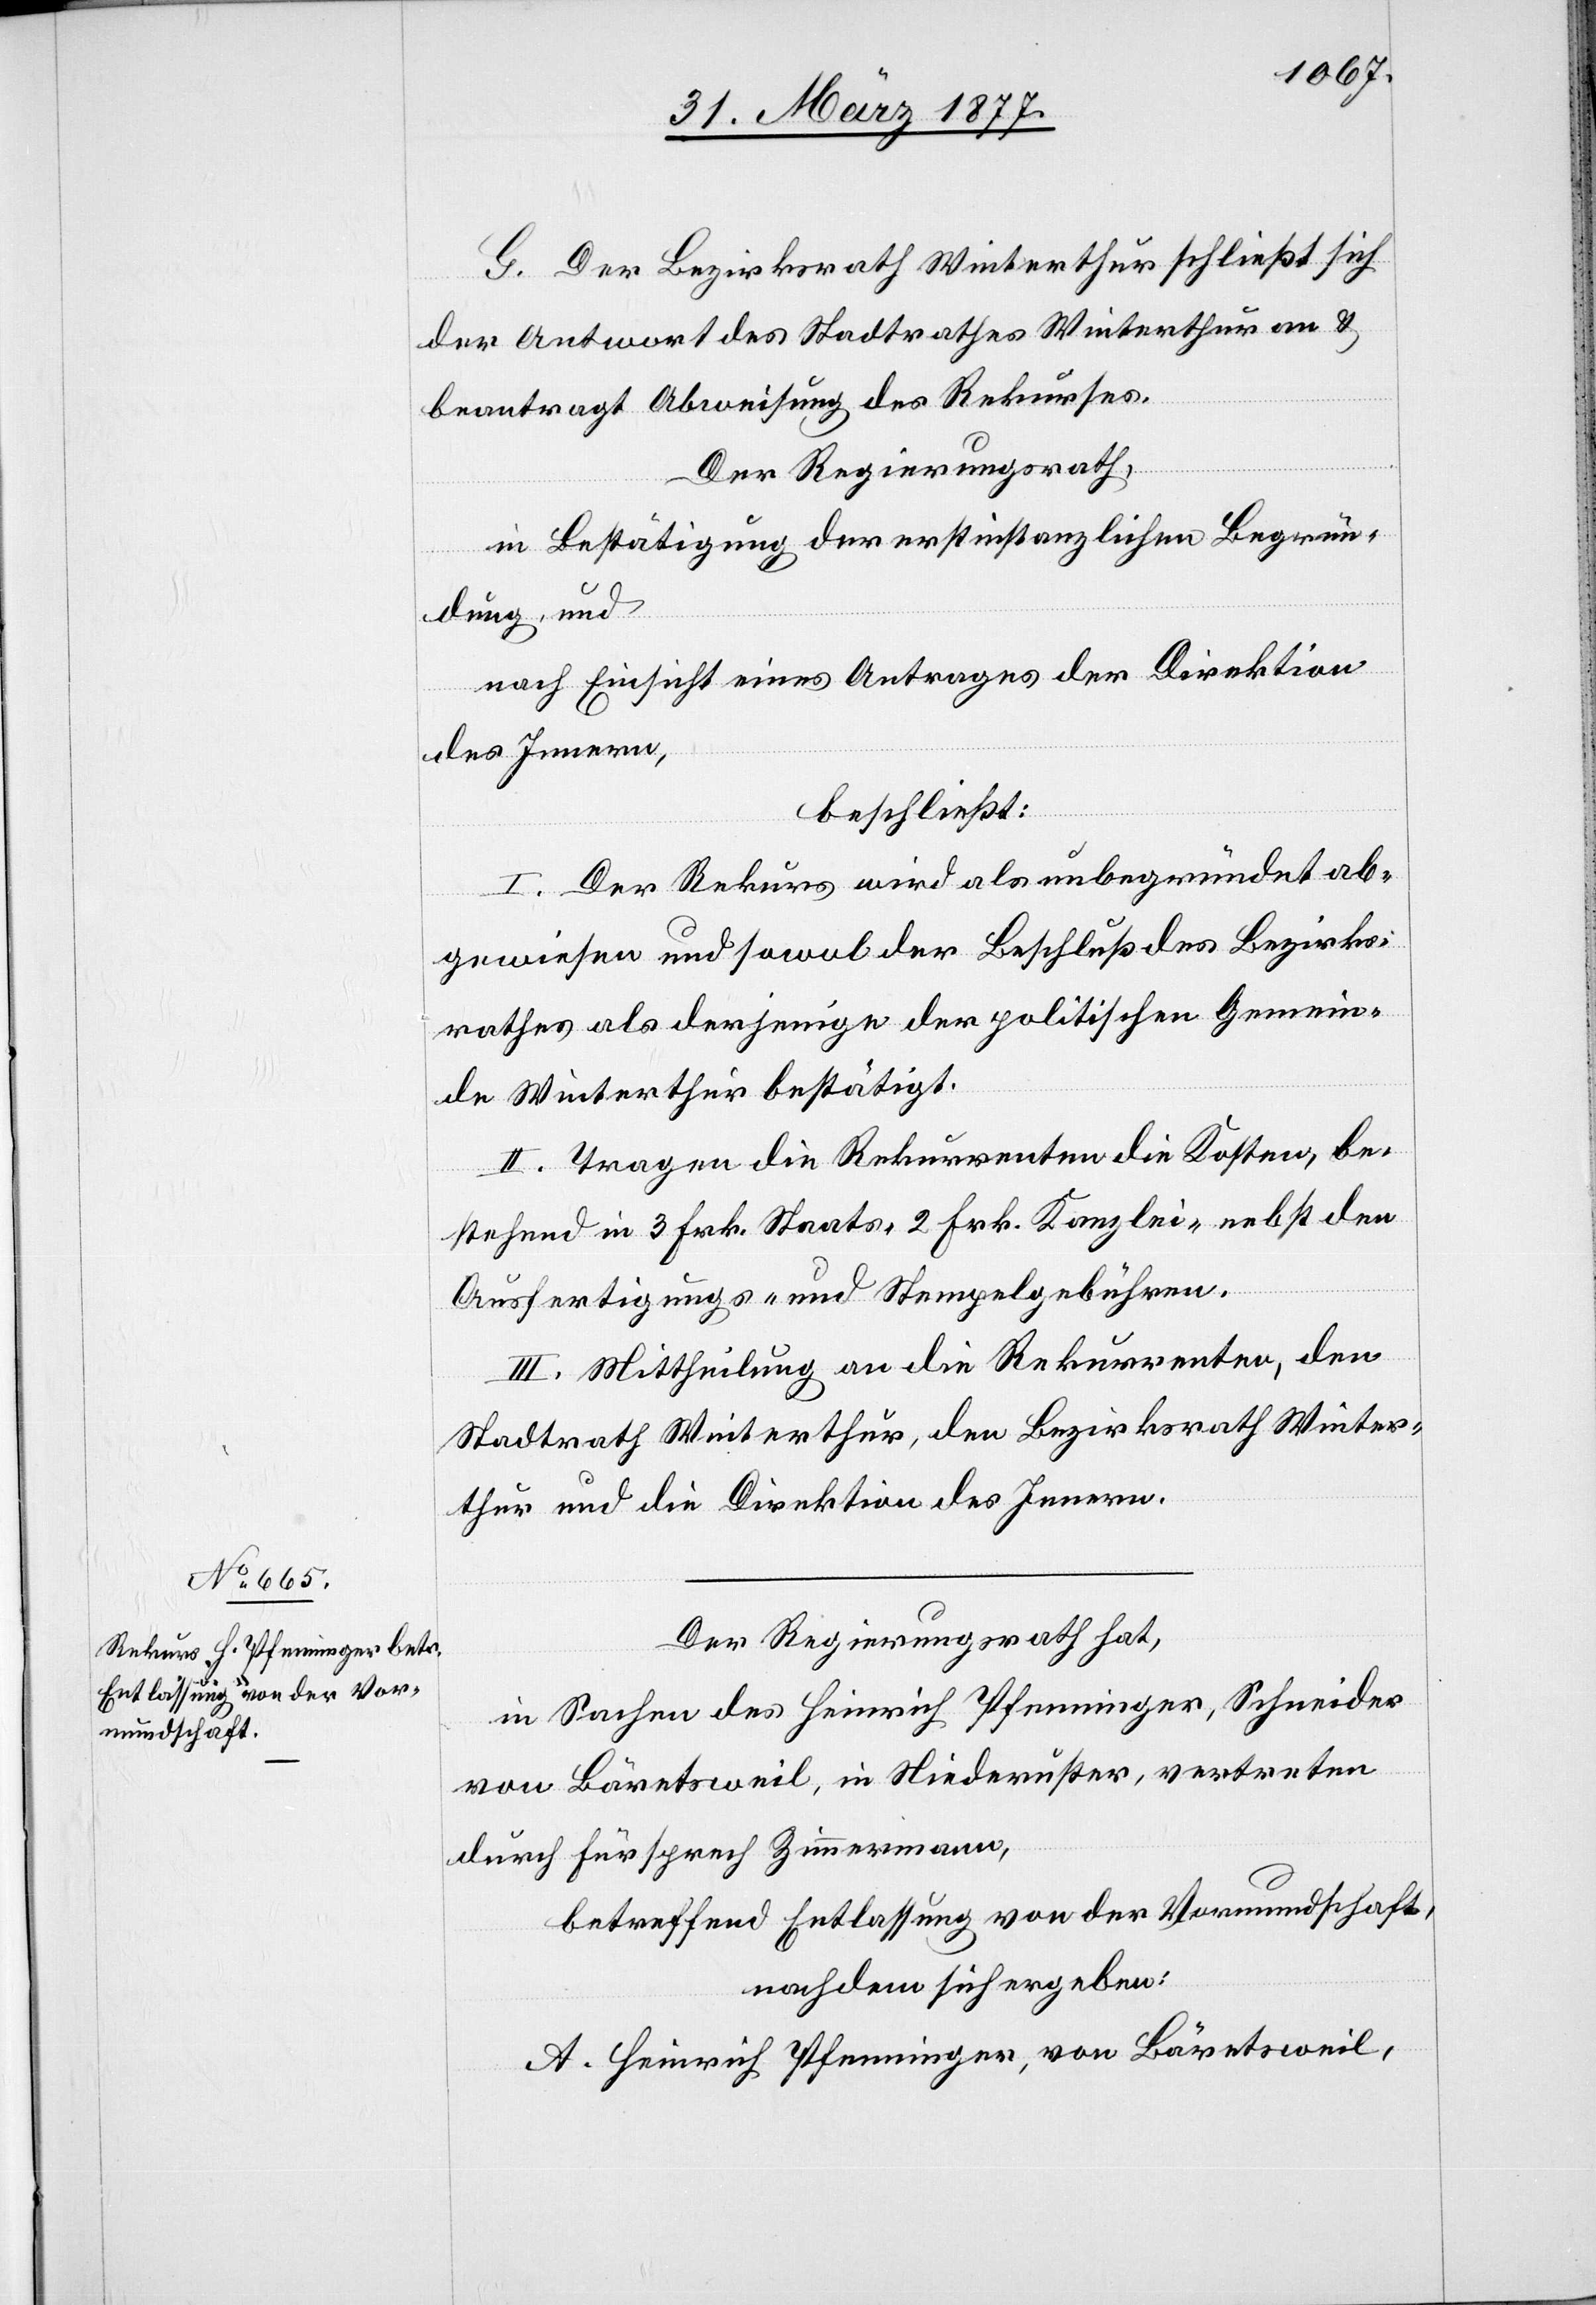
G. Der Bezirksrath Winterthur schließt sich
der Antwort des Stadtrathes Winterthur an &
beantragt Abweisung des Rekurses.
Der Regierungsrath,
in Bestätigung der erstinstanzlichen Begrün¬
dung, und
nach Einsicht eines Antrages der Direktion
des Innern,
beschließt:
I. Der Rekurs wird als unbegründet ab¬
gewiesen und sowol der Beschluß des Bezirks¬
rathes als derjenige der politischen Gemein¬
de Winterthur bestätigt.
II. Tragen die Rekurrenten die Kosten, be¬
stehend in 3 Frk. Staats- 2 Frk. Kanzlei- nebst den
Ausfertigungs- und Stempelgebühren.
III. Mittheilung an die Rekurrenten, den
Stadtrath Winterthur, den Bezirksrath Winter¬
thur und die Direktion des Innern.
Der Regierungsrath hat,
in Sachen des Heinrich Pfenninger, Schneider
von Bärentsweil, in Niederuster, vertreten
durch Fürsprech Zimmermann,
betreffend Entlassung von der Vormundschaft,
nachdem sich ergeben:
A. Heinrich Pfenninger, von Bärentsweil,